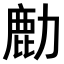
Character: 𫜋